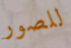
للصور